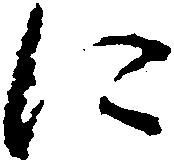
に